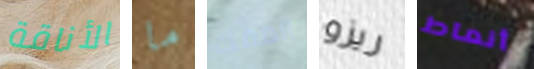
الأناقة ما المفك ريزو أنماط